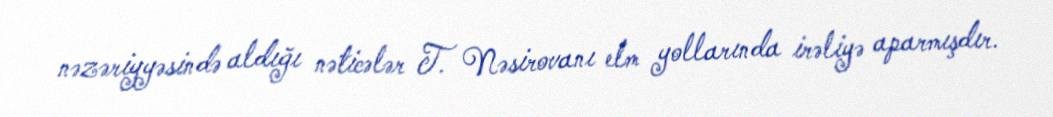
nəzəriyyəsində aldığı nəticələr T. Nəsirovanı elm yollarında irəliyə aparmışdır.